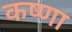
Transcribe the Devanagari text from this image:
कष्णा